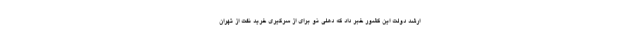
ارشد دولت این کشور خبر داد که دهلی نو برای از سرگیری خرید نفت از تهران